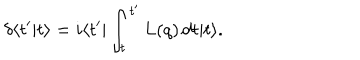
\delta \langle t ^ { \prime } | t \rangle = i \langle t ^ { \prime } | \int _ { t } ^ { t ^ { \prime } } L ( q ) \, d t | t \rangle .